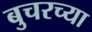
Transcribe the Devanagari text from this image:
बुचरच्या